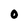
Character: O